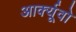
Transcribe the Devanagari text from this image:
आर्क्यूवो